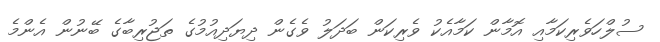
ސުލްހަވެރިކަމާއި އޮމާން ކަމާއެކު ވެރިކަން ބަދަލު ވެގެން ދިޔަދިއުމުގެ ތަޖުރިބާގެ ބޭނުން އެންމެ